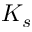
K _ { s }